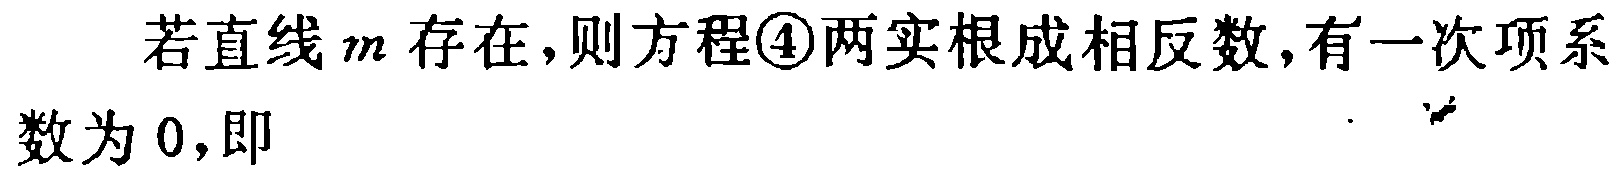
若直线\(m\)存在，则方程\textcircled{4}两实根成相反数，有一次项系数为\(0\)，即